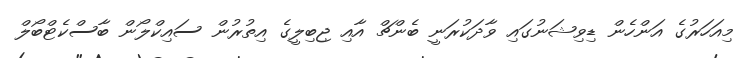
މިއަހަރުގެ އަންހެން ޑިވިޝަނުގައި ވާދަކުރަނީ ބެންޗް އާއި ޖިބިލީގެ އިތުރުން ސައިކްލޯން ބާސްކެޓްބޯލް